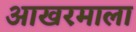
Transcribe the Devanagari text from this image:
आखरमाला